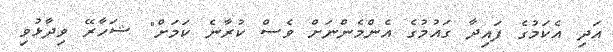
އަދި އެކަމުގެ ފައިދާ ގައުމުގެ އެންމެންނަށް ވެސް ކުރާނެ ކަމަށް" ޝަހާރޭ ވިދާޅުވި